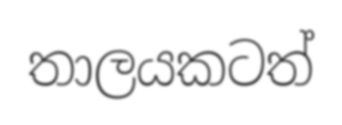
තාලයකටත්